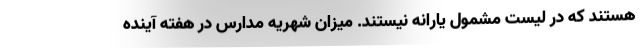
هستند که در لیست مشمول یارانه نیستند. میزان شهریه مدارس در هفته آینده